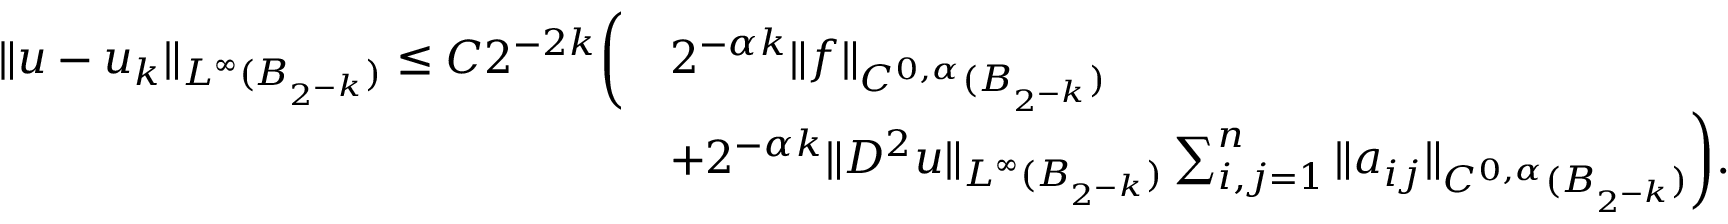
\begin{array} { r l } { \| u - u _ { k } \| _ { L ^ { \infty } ( B _ { 2 ^ { - k } } ) } \le C 2 ^ { - 2 k } \bigg ( } & { 2 ^ { - \alpha k } \| f \| _ { C ^ { 0 , \alpha } ( B _ { 2 ^ { - k } } ) } } \\ & { + 2 ^ { - \alpha k } \| D ^ { 2 } u \| _ { L ^ { \infty } ( B _ { 2 ^ { - k } } ) } \sum _ { i , j = 1 } ^ { n } \| a _ { i j } \| _ { C ^ { 0 , \alpha } ( B _ { 2 ^ { - k } } ) } \bigg ) . } \end{array}